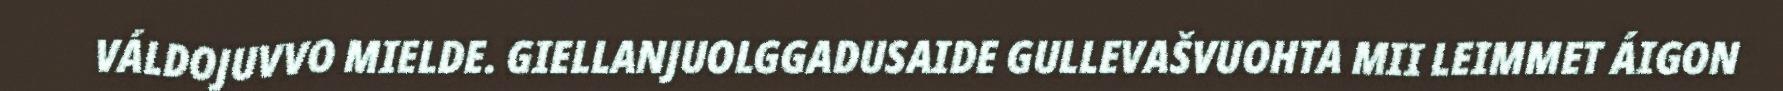
VÁLDOJUVVO MIELDE. GIELLANJUOLGGADUSAIDE GULLEVAŠVUOHTA MII LEIMMET ÁIGON